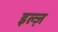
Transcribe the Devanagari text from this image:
इल्ज़